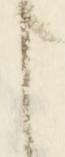
と